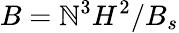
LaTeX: B=\mathbb{N}^{3}H^{2}/B_{s}